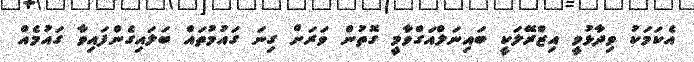
އެކަމަކު ވިދާޅުވީ އިޒްރޭލަކީ ބައިނަލްއަގްވާމީ ގޮތުން ވަރަށް ގިނަ ގައުމުތައް ބަލައިގެންފައިވާ ގައުމެއް